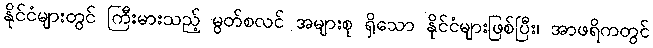
နိုင်ငံများတွင် ကြီးမားသည့် မွတ်စလင် အများစု ရှိသော နိုင်ငံများဖြစ်ပြီး၊ အာဖရိကတွင်